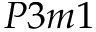
P 3 m 1